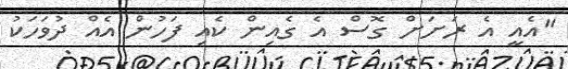
"އެއީ އެ ރަށަށް ގޮސް އެ ގެއިން ކެއި ފަހުން އެއް ދުވަހަކު